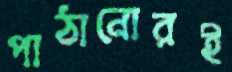
পাঠানোরই